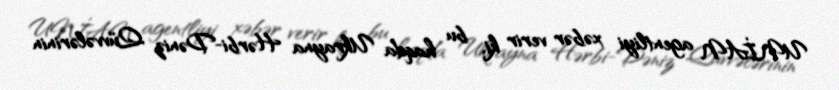
UNİAN agentliyi xəbər verir ki, bu haqda Ukrayna Hərbi-Dəniz Qüvvələrinin